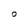
Character: O